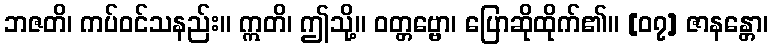
ဘဇတိ၊ ကပ်ဝင်သနည်း။ ဣတိ၊ ဤသို့။ ဝတ္တဗ္ဗော၊ ပြောဆိုထိုက်၏။ [၀၇] ဇာနန္တော၊